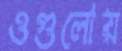
ওগুলোয়